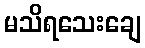
မသိရသေးချေ